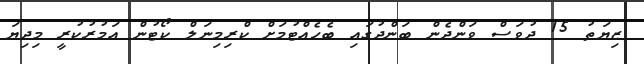
ޒިޔަތު 15 ދުވަސް ވަންދެން ބަންދުގައި ބެހެއްޓުމަށް ކްރިމިނަލް ކޯޓުން އަމުރުކުރީ މިދިޔަ